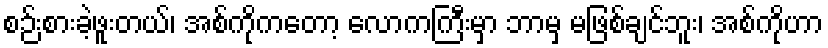
စဉ်းစားခဲ့ဖူးတယ်၊ အစ်ကိုကတော့ လောကကြီးမှာ ဘာမှ မဖြစ်ချင်ဘူး၊ အစ်ကိုဟာ